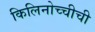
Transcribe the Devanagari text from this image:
किलिनोच्चीची